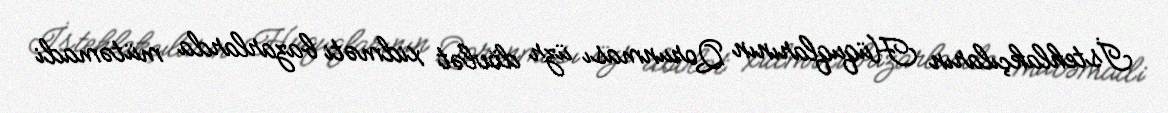
İstehlakçıların Hüquqlarının Qorunması üzr dövlət xidməti bazarlarda mütəmadi